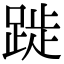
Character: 𨁾